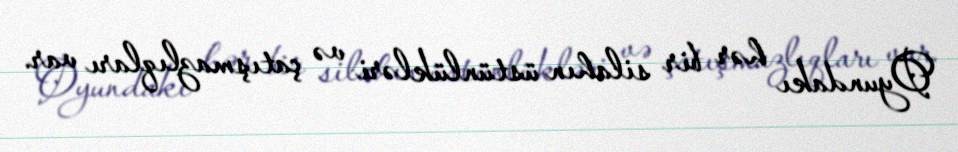
Oyundakı hər bir silahın üstünlükləri və çatışmazlıqları var.